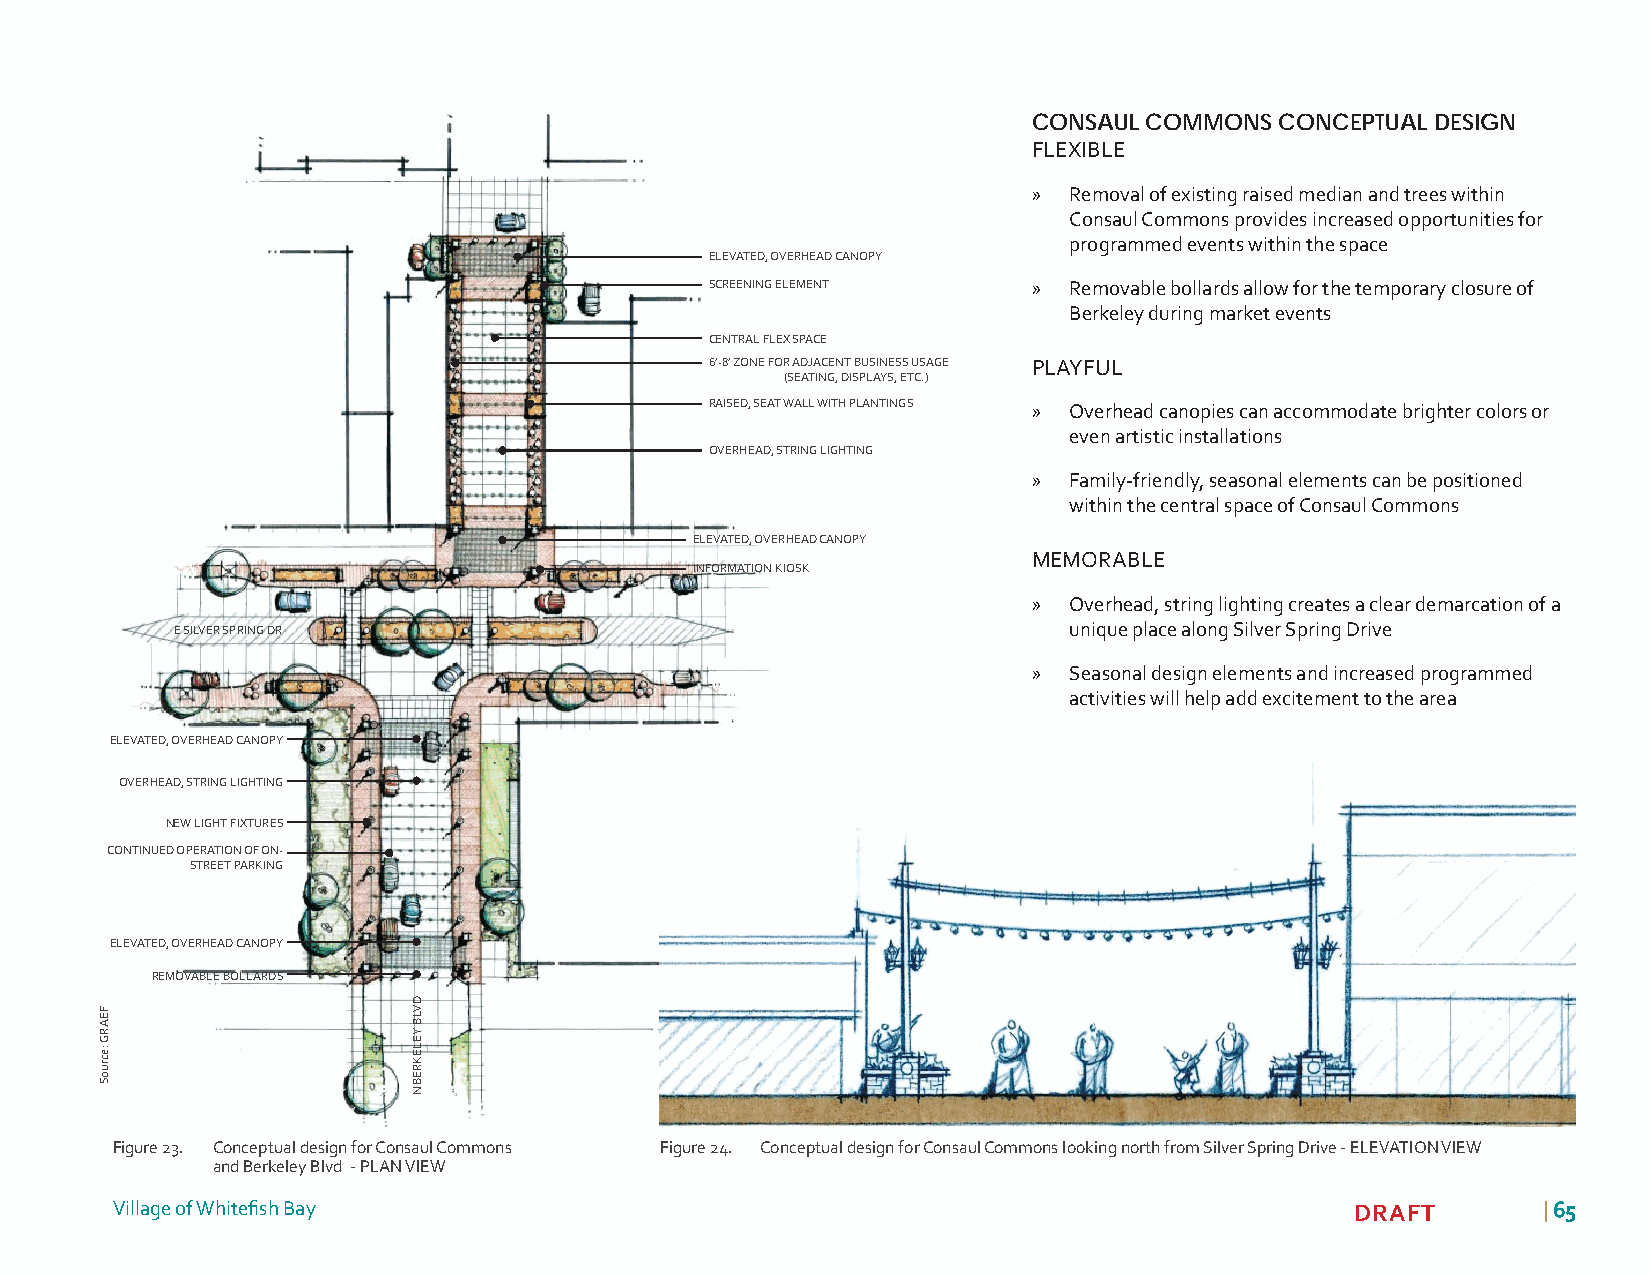
CONSAUL COMMONS  CONCEPTUAL DESIGN
 FLEXIBLE
 »  Removal of existing raised median and trees within
 Consaul Commons provides increased opportunities for
 programmed events within the space
 ELEVATED, OVERHEAD CANOPY
 SCREENING ELEMENT    »  Removable bollards allow for the temporary closure of
 Berkeley during market events
 CENTRAL FLEX SPACE
 6’-8’ ZONE FOR ADJACENT BUSINESS USAGE PLAYFUL
 (SEATING, DISPLAYS, ETC.)
 RAISED, SEAT WALL WITH PLANTINGS » Overhead canopies can accommodate brighter colors or
 even artistic installations
 OVERHEAD, STRING LIGHTING
 »  Family-friendly, seasonal elements can be positioned
 within the central space of Consaul Commons
 ELEVATED, OVERHEAD CANOPY
 MEMORABLE
 INFORMATION KIOSK
 »  Overhead, string lighting creates a clear demarcation of a
 E SILVER SPRING DR                                         unique place along Silver Spring Drive
 »  Seasonal design elements and increased programmed
 activities will help add excitement to the area
 ELEVATED, OVERHEAD CANOPY
 OVERHEAD, STRING LIGHTING
 NEW LIGHT FIXTURES
 CONTINUED OPERATION OF ON-
 STREET PARKING
 ELEVATED, OVERHEAD CANOPY
 REMOVABLE BOLLARDS
 Figure 23. Conceptual design for Consaul Commons Figure 24. Conceptual design for Consaul Commons looking north from Silver Spring Drive - ELEVATION VIEW
 and Berkeley Blvd - PLAN VIEW
 Village of Whitefi sh Bay                                                          DRAFT       | 6655
 FEARG
 :ecruoS
 DVLB
 YELEKREB
 N